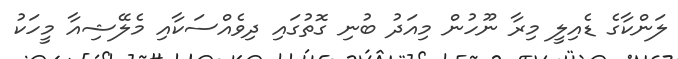
ލަންކާގެ ޑެއިލީ މިރާ ނޫހުން މިއަދު ބުނި ގޮތުގައި ދިވެއްސަކާއި މެލޭޝިއާ މީހަކު